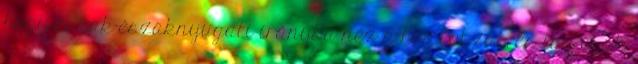
hogy észak-északnyugati irányba néz a homlokzat, és így csak